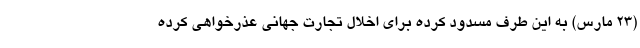
(۲۳ مارس) به این طرف مسدود کرده برای اخلال تجارت جهانی عذرخواهی کرده